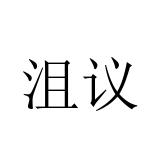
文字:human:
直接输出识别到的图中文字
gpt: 沮议